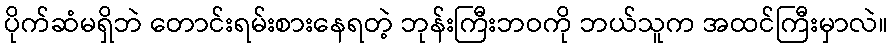
ပိုက်ဆံမရှိဘဲ တောင်းရမ်းစားနေရတဲ့ ဘုန်းကြီးဘဝကို ဘယ်သူက အထင်ကြီးမှာလဲ။